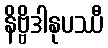
နိဗ္ဗိဒါနုပဿီ